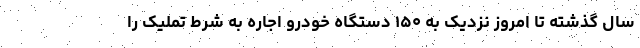
سال گذشته تا امروز نزدیک به ۱۵۰ دستگاه خودرو اجاره به شرط تملیک را